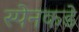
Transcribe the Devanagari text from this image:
स्पेनकडे